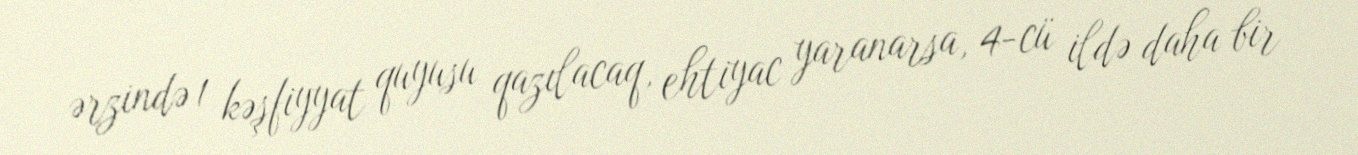
ərzində 1 kəşfiyyat quyusu qazılacaq, ehtiyac yaranarsa, 4-cü ildə daha bir